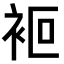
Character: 𧙅